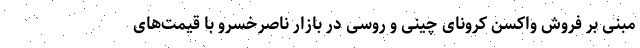
مبنی بر فروش واکسن کرونای چینی و روسی در بازار ناصرخسرو با قیمت‌های